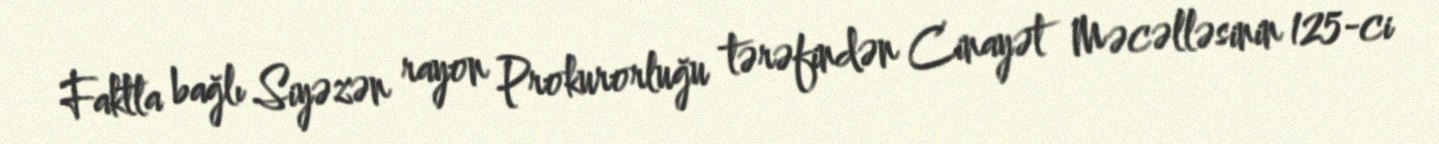
Faktla bağlı Siyəzən rayon Prokurorluğu tərəfindən Cinayət Məcəlləsinin 125-ci